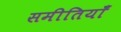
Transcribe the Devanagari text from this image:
समीतियाँ